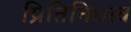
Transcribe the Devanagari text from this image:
प्रितिनिधत्व